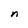
Character: n